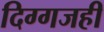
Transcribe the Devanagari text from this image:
दिग्गजही